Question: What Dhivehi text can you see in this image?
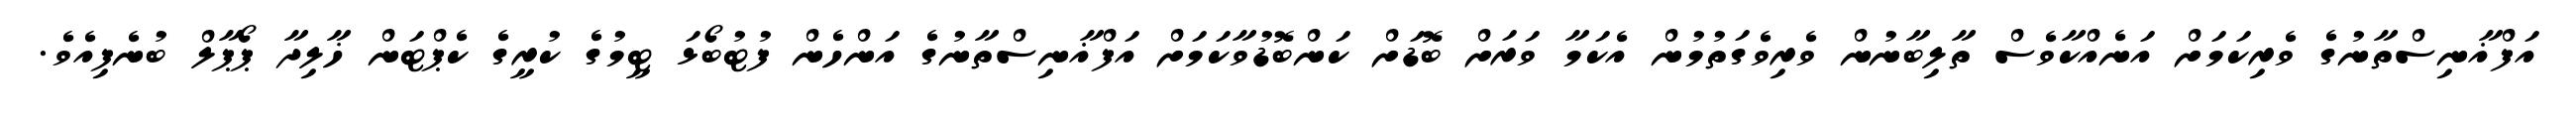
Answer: އަފްޣާނިސްތާނުގެ ވެރިކަމަށް އަނެއްކާވެސް ތާލިބާނުން ވެރިވެގަތުމުން އެކަމާ ވަރަށް ބޮޑަށް ކަންބޮޑުވާކަމަށް އަފްޣާނިސްތާނުގެ އަންހެން ފުޓުބޯޅަ ޓީމުގެ ކުރީގެ ކެޕްޓަން ޚާލިދާ ޕޯޕާލް ބުނެފިއެވެ.